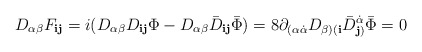
\begin{align*}D_{\alpha\beta} F_{{\mathbf i}{\mathbf j}} = i (D_{\alpha\beta}D_{{\mathbf i}{\mathbf j}} \Phi -D_{\alpha\beta} {\bar D}_{{\mathbf i}{\mathbf j}} {\bar\Phi}) =8\partial_{(\alpha\dot\alpha} D_{\beta)({\mathbf i}}{\bar D}^{\dot\alpha}_{{\mathbf j})} {\bar \Phi} =0\end{align*}